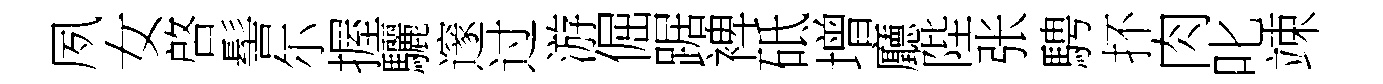
夙女啓髻尓握驪邃过游倔踞裨砥增廳陛张騁抔肉叱竦